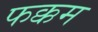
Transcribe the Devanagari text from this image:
फक्कम